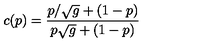
c ( p ) = { \frac { p / \sqrt { g } + ( 1 - p ) } { p \sqrt { g } + ( 1 - p ) } }